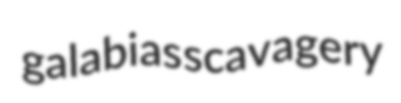
galabias scavagery